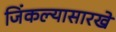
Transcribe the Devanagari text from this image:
जिंकल्यासारखे